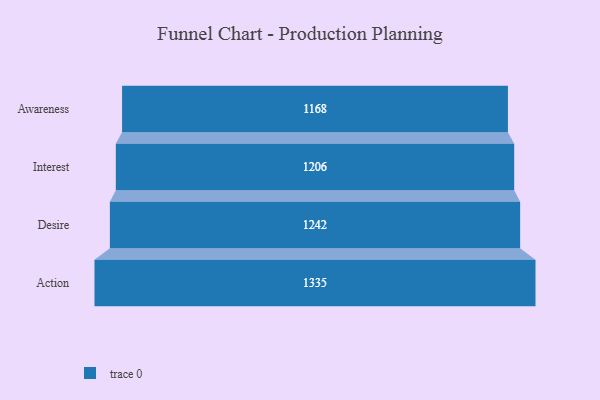
{"axis": {"x": "Stage", "y": "Value"}, "legend": [""], "data": [{"x": "Awareness", "y": 1168.0, "type": ""}, {"x": "Interest", "y": 1206.0, "type": ""}, {"x": "Desire", "y": 1242.0, "type": ""}, {"x": "Action", "y": 1335.0, "type": ""}]}